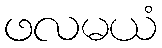
ဖလမယံ